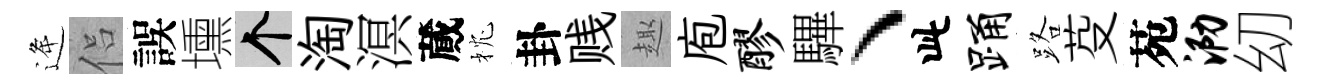
逄侣誤壎个淘溟蕆枕卦贱趣庖醪驆丶此踊路芟苑泐㓜